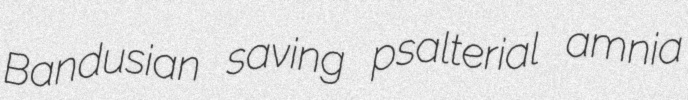
Bandusian saving psalterial amnia